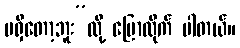
မရှိတော့ဘူး”လို့ ပြောလိုက် ပါတယ်။